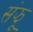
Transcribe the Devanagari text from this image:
संझू